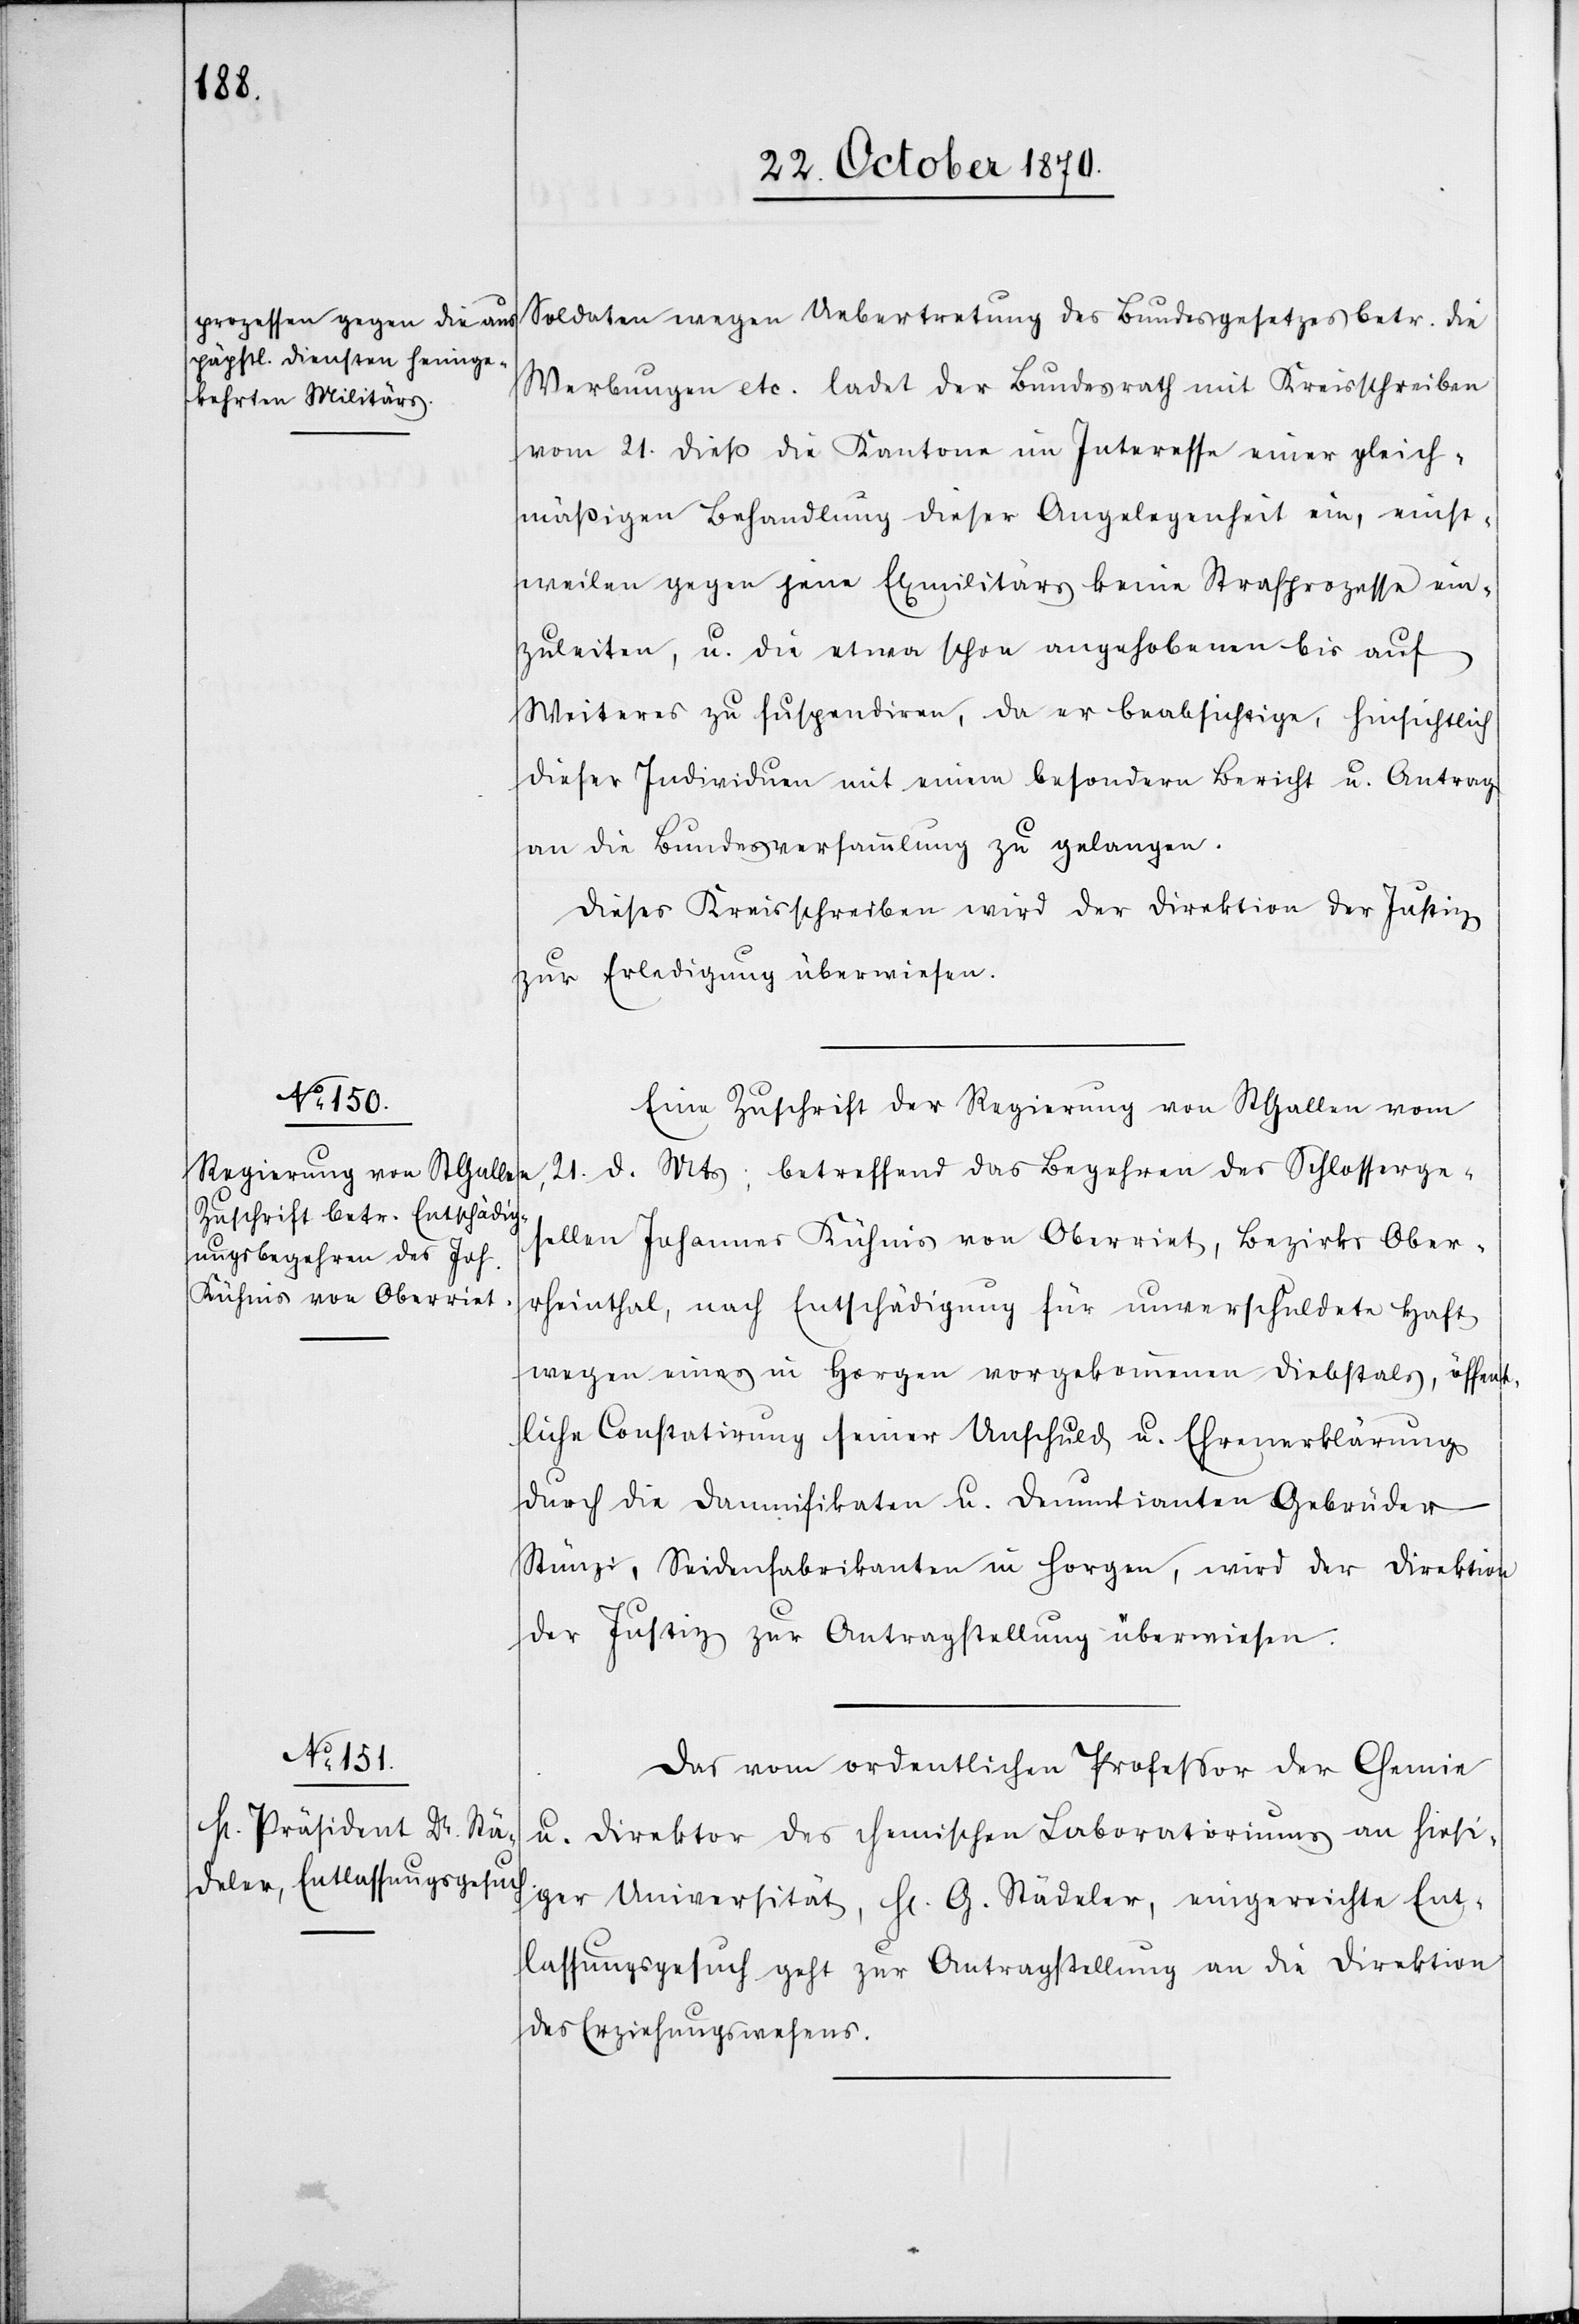
Soldaten wegen Uebertretung des Bundesgesetzes betr. die
Werbungen etc. ladet der Bundesrath mit Kreisschreiben
vom 21. dieß die Kantone im Interesse einer gleich¬
mäßigen Behandlung dieser Angelegenheit ein, einst¬
weilen gegen jene Exmilitärs keine Strafprozesse ein¬
zuleiten, u. die etwa schon angehobenen bis auf
Weiteres zu suspendiren, da er beabsichtige, hinsichtlich
dieser Individuen mit einem besondern Bericht u. Antrag
an die Bundesversammlung zu gelangen.
Dieses Kreisschreiben wird der Direktion der Justiz
zur Erledigung überwiesen.
Eine Zuschrift der Regierung von St. Gallen vom
21. d. Mts; betreffend das Begehren des Schlosserge¬
sellen Johannes Kühnis von Oberriet, Bezirks Ober¬
rheinthal, nach Entschädigung für unverschuldete Haft
wegen eines in Horgen vorgekommenen Diebstals, öffent¬
liche Constatirung seiner Unschuld u. Ehrenerklärung
durch die Damnifikaten u. Denuntianten Gebrüder
Stünzi, Seidenfabrikanten in Horgen, wird der Direktion
der Justiz zur Antragstellung überwiesen.
Das vom ordentlichen Professor der Chemie
u. Direktor des chemischen Laboratoriums an hiesi¬
ger Universität, H[err] G. Städeler, eingereichte Ent¬
lassungsgesuch geht zur Antragstellung an die Direktion
des Erziehungswesens.